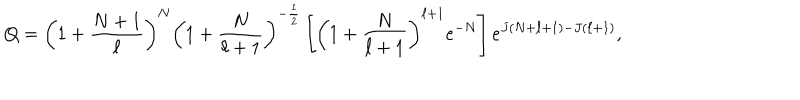
Q = \left( 1 + \frac { N + 1 } { \ell } \right) ^ { N } \left( 1 + \frac { N } { \ell + 1 } \right) ^ { - \frac { 1 } { 2 } } \left[ \left( 1 + \frac { N } { \ell + 1 } \right) ^ { \ell + 1 } e ^ { - N } \right] e ^ { J ( N + \ell + 1 ) - J ( \ell + 1 ) } ,